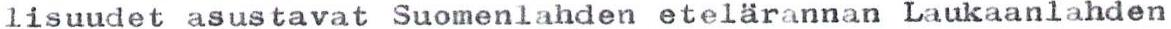
lisuudet asustavat Suomenlahden etelärannan Laukaanlahden